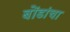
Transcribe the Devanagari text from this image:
बोंडांचा